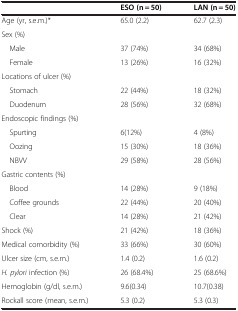
|  | ESO (n = 50) | LAN (n = 50) |
 | --- | --- | --- |
 | Age (yr, s.e.m.)* | 65.0 (2.2) | 62.7 (2.3) |
 | Sex (%) |  |  |
 | Male | 37 (74%) | 34 (68%) |
 | Female | 13 (26%) | 16 (32%) |
 | Locations of ulcer (%) |  |  |
 | Stomach | 22 (44%) | 18 (32%) |
 | Duodenum | 28 (56%) | 32 (68%) |
 | Endoscopic findings (%) |  |  |
 | Spurting | 6(12%) | 4 (8%) |
 | Oozing | 15 (30%) | 18 (36%) |
 | NBVV | 29 (58%) | 28 (56%) |
 | Gastric contents (%) |  |  |
 | Blood | 14 (28%) | 9 (18%) |
 | Coffee grounds | 22 (44%) | 20 (40%) |
 | Clear | 14 (28%) | 21 (42%) |
 | Shock (%) | 21 (42%) | 18 (36%) |
 | Medical comorbidity (%) | 33 (66%) | 30 (60%) |
 | Ulcer size (cm, s.e.m.) | 1.4 (0.2) | 1.6 (0.2) |
 | H. pylori infection (%) | 26 (68.4%) | 25 (68.6%) |
 | Hemoglobin (g/dl, s.e.m.) | 9.6(0.34) | 10.7(0.38) |
 | Rockall score (mean, s.e.m.) | 5.3 (0.2) | 5.3 (0.3) |